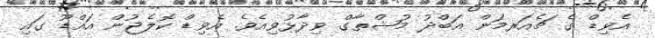
އެވިޑް ގެ ޗެއަރމަން އަބްދު މުޝްތާގް ވިދާޅުވިއެވެ. އެވިޑް ކޮލެޖުން އައްޑޫ ގައި